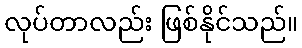
လုပ်တာလည်း ဖြစ်နိုင်သည်။